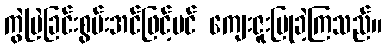
ကွဲပြဲခြင်းစွမ်းအင်ဖြင့်ပင် ကျေးဇူးပြုခဲ့ကြသည်။